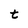
Character: t